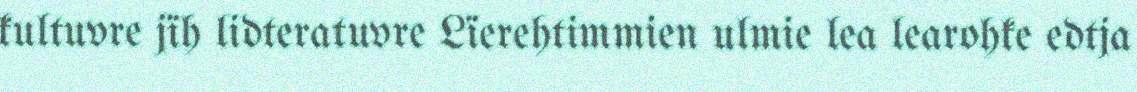
kultuvre jïh lidteratuvre Lïerehtimmien ulmie lea learohke edtja